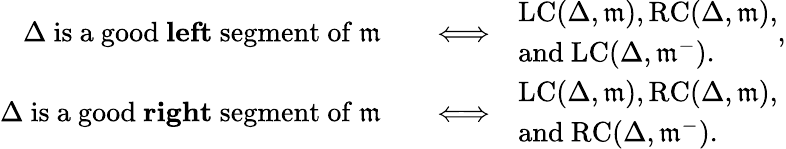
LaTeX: \begin{array}{rl}{\Delta\mathrm{~is~a~good~\textbf{left}~segment~of~}\mathfrak{m}}&{\quad\Longleftrightarrow\quad\begin{array}{l}{\mathrm{LC}(\Delta,\mathfrak{m}),\mathrm{RC}(\Delta,\mathfrak{m}),}\\ {\mathrm{and~}\mathrm{LC}(\Delta,\mathfrak{m}^{-}).}\end{array},}\\ {\Delta\mathrm{~is~a~good~\textbf{right}~segment~of~}\mathfrak{m}}&{\quad\Longleftrightarrow\quad\begin{array}{l}{\mathrm{LC}(\Delta,\mathfrak{m}),\mathrm{RC}(\Delta,\mathfrak{m}),}\\ {\mathrm{and~}\mathrm{RC}(\Delta,\mathfrak{m}^{-}).}\end{array}}\end{array}